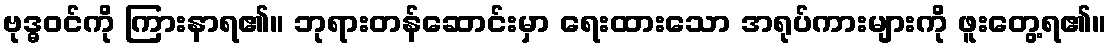
ဗုဒ္ဓဝင်ကို ကြားနာရ၏။ ဘုရားတန်ဆောင်းမှာ ရေးထားသော အရုပ်ကားများကို ဖူးတွေ့ရ၏။